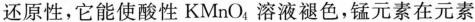
还原性，它能使酸性KMnO_{4}溶液褪色，锰元素在元素